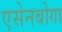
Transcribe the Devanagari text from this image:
एसेनबोगा